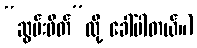
“ဆွမ်းဖိတ်”လို့ ခေါ်ပါတယ်။)